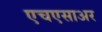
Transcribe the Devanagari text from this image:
एचएसाअर